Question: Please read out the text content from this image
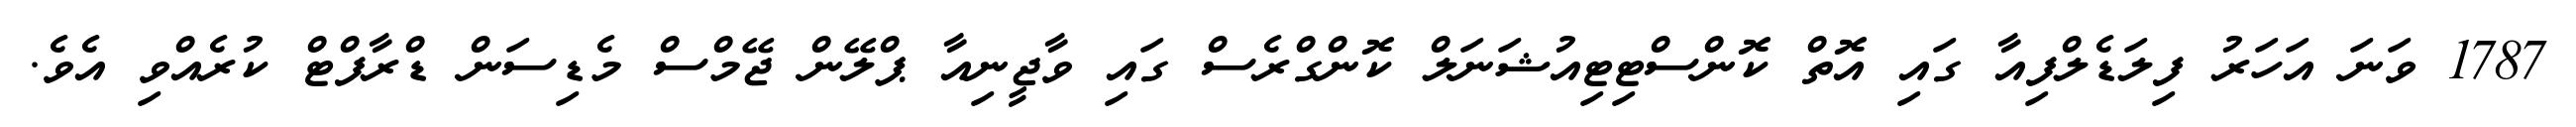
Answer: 1787 ވަނަ އަހަރު ފިލަޑެލްފިއާ ގައި އޮތް ކޮންސްޓިޓިއުޝަނަލް ކޮންގްރެސް ގައި ވާޖީނިއާ ޕްލޭން ޖޭމްސް މެޑިސަން ޑްރާފްޓް ކުރެއްވި އެވެ.